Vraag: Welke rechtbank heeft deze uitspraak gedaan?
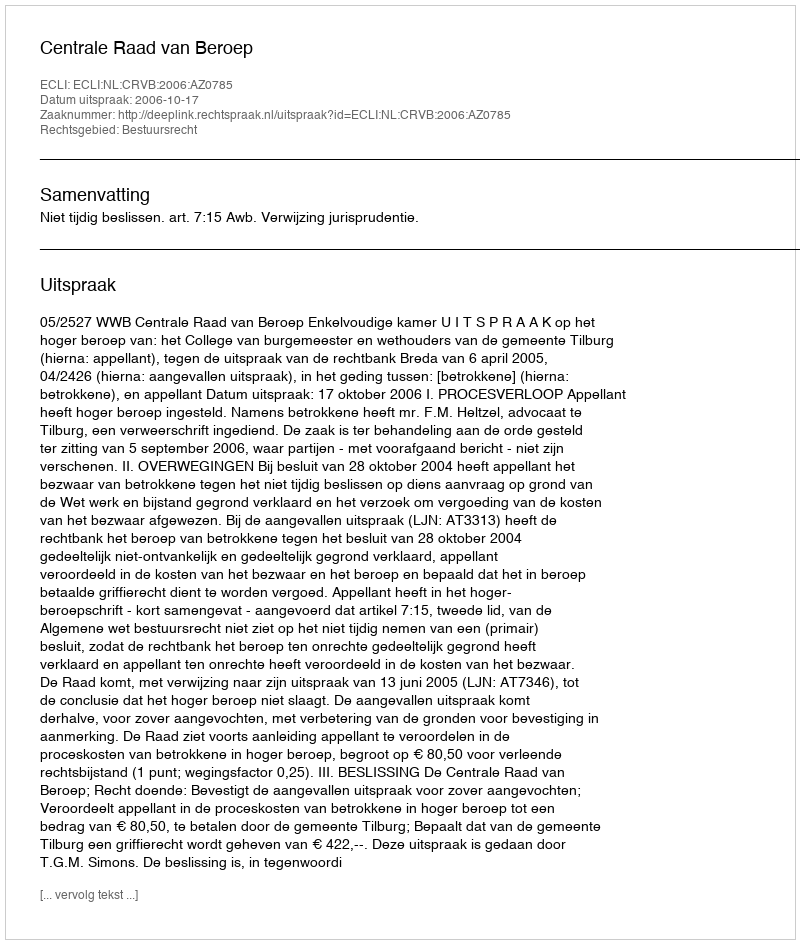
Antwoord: Centrale Raad van Beroep